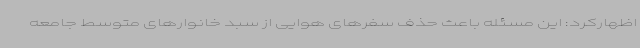
اظهارکرد: این مسئله باعث حذف سفرهای هوایی از سبد خانوارهای متوسط جامعه